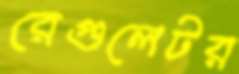
রেগুলেটর